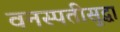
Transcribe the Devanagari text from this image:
वनस्पतीसुद्धा